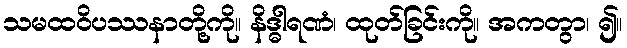
သမထဝိပဿနာတို့ကို။ နိဒ္ဓါရဏံ၊ ထုတ်ခြင်းကို။ အကတွာ၊ ၍။